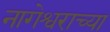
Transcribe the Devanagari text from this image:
नागेश्वराच्या